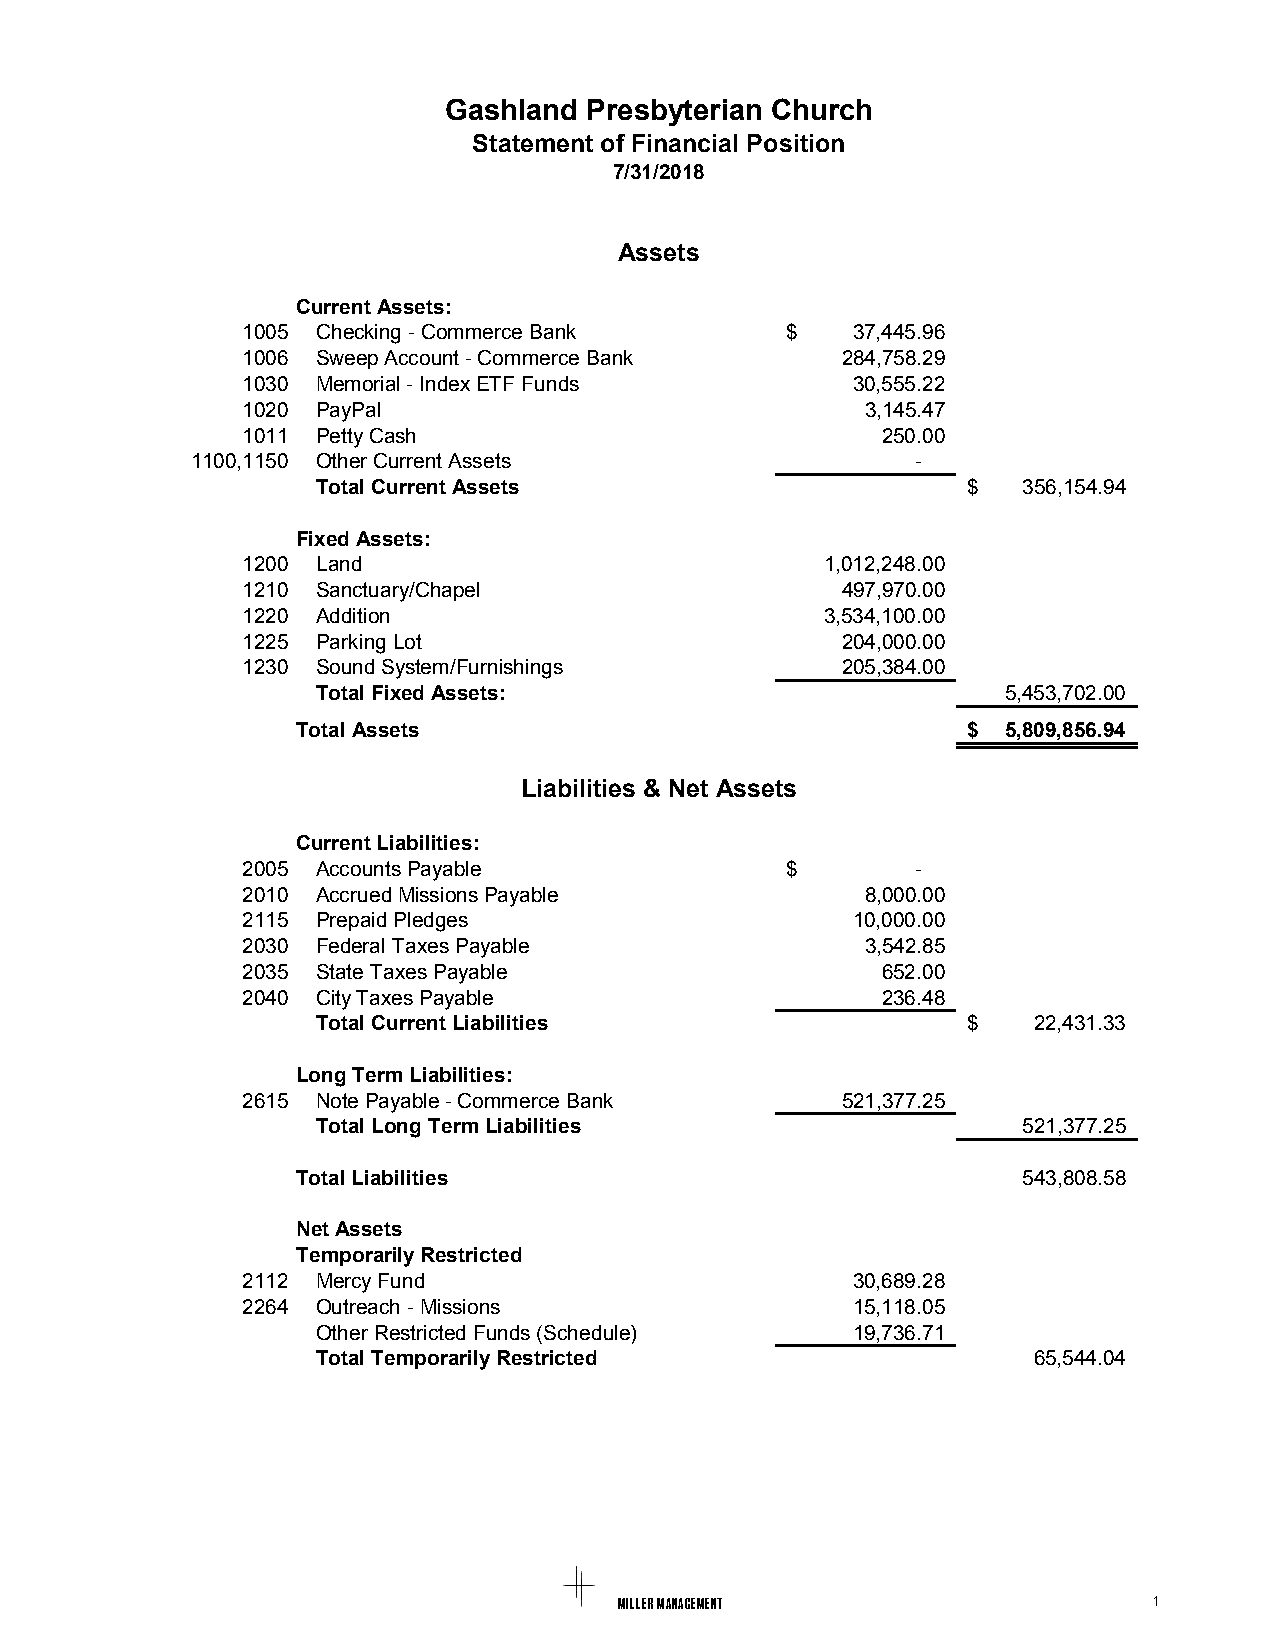
Gashland  Presbyterian Church
 Statement of Financial Position
 7/31/2018
 Assets
 Current Assets:
 1005 Checking - Commerce Bank       $   37,445.96
 1006 Sweep Account - Commerce Bank      284,758.29
 1030 Memorial - Index ETF Funds         30,555.22
 1020 PayPal                              3,145.47
 1011 Petty Cash                           250.00
 1100,1150 Other Current Assets                  -
 Total Current Assets                       $   356,154.94
 Fixed Assets:
 1200 Land                              1,012,248.00
 1210 Sanctuary/Chapel                   497,970.00
 1220 Addition                          3,534,100.00
 1225 Parking Lot                        204,000.00
 1230 Sound System/Furnishings           205,384.00
 Total Fixed Assets:                           5,453,702.00
 Total Assets                                $  5,809,856.94
 Liabilities & Net Assets
 Current Liabilities:
 2005 Accounts Payable               $        -
 2010 Accrued Missions Payable            8,000.00
 2115 Prepaid Pledges                    10,000.00
 2030 Federal Taxes Payable               3,542.85
 2035 State Taxes Payable                  652.00
 2040 City Taxes Payable                   236.48
 Total Current Liabilities                  $   22,431.33
 Long Term Liabilities:
 2615 Note Payable - Commerce Bank       521,377.25
 Total Long Term Liabilities                    521,377.25
 Total Liabilities                               543,808.58
 Net Assets
 Temporarily Restricted
 2112 Mercy Fund                         30,689.28
 2264 Outreach - Missions                15,118.05
 Other Restricted Funds (Schedule)  19,736.71
 Total Temporarily Restricted                   65,544.04
 Miller Management                  1